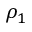
\rho _ { 1 }